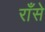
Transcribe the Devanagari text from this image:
राँसे